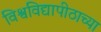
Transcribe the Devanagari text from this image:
विश्वविद्यापीठाच्या